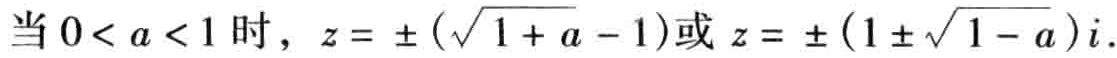
当 \(0 < a < 1\) 时，\(z = \pm (\sqrt{1 + a} - 1)\)或 \(z = \pm (1 \pm \sqrt{1 - a})i\).